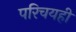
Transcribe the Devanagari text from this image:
परिचयही